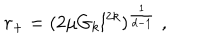
r _ { + } = ( 2 \mu G _ { k } l ^ { 2 k } ) ^ { \frac { 1 } { d - 1 } } \; ,